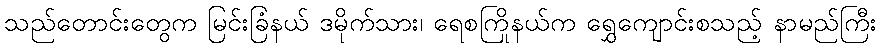
သည်တောင်းတွေက မြင်းခြံနယ် ဒမိုက်သား၊ ရေစကြိုနယ်က ရွှေကျောင်းစသည့် နာမည်ကြီး